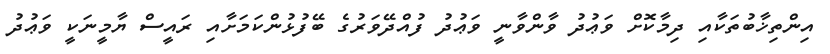
އިންތިޚާބުތަކާއި ދިމާކޮށް ވަޢުދު ވާންވާނީ ވަޢުދު ފުއްދޭވަރުގެ ބޭފުޅުންކަމަށާއި ރައީސް ޔާމީނަކީ ވަޢުދު